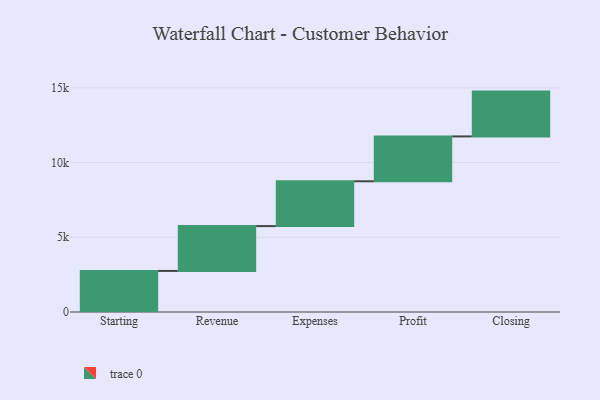
{"axis": {"x": "Step", "y": "Value"}, "legend": [""], "data": [{"x": "Starting", "y": 2748.0, "type": ""}, {"x": "Revenue", "y": 3000, "type": ""}, {"x": "Expenses", "y": 3000, "type": ""}, {"x": "Profit", "y": 3000, "type": ""}, {"x": "Closing", "y": 3000, "type": ""}]}